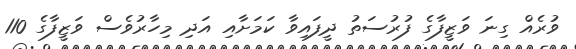
ވުރެއް ގިނަ ވަޒީފާގެ ފުރުސަތު ދީފައިވާ ކަމަށާއި އަދި މިހާރުވެސް ވަޒީފާގެ 110